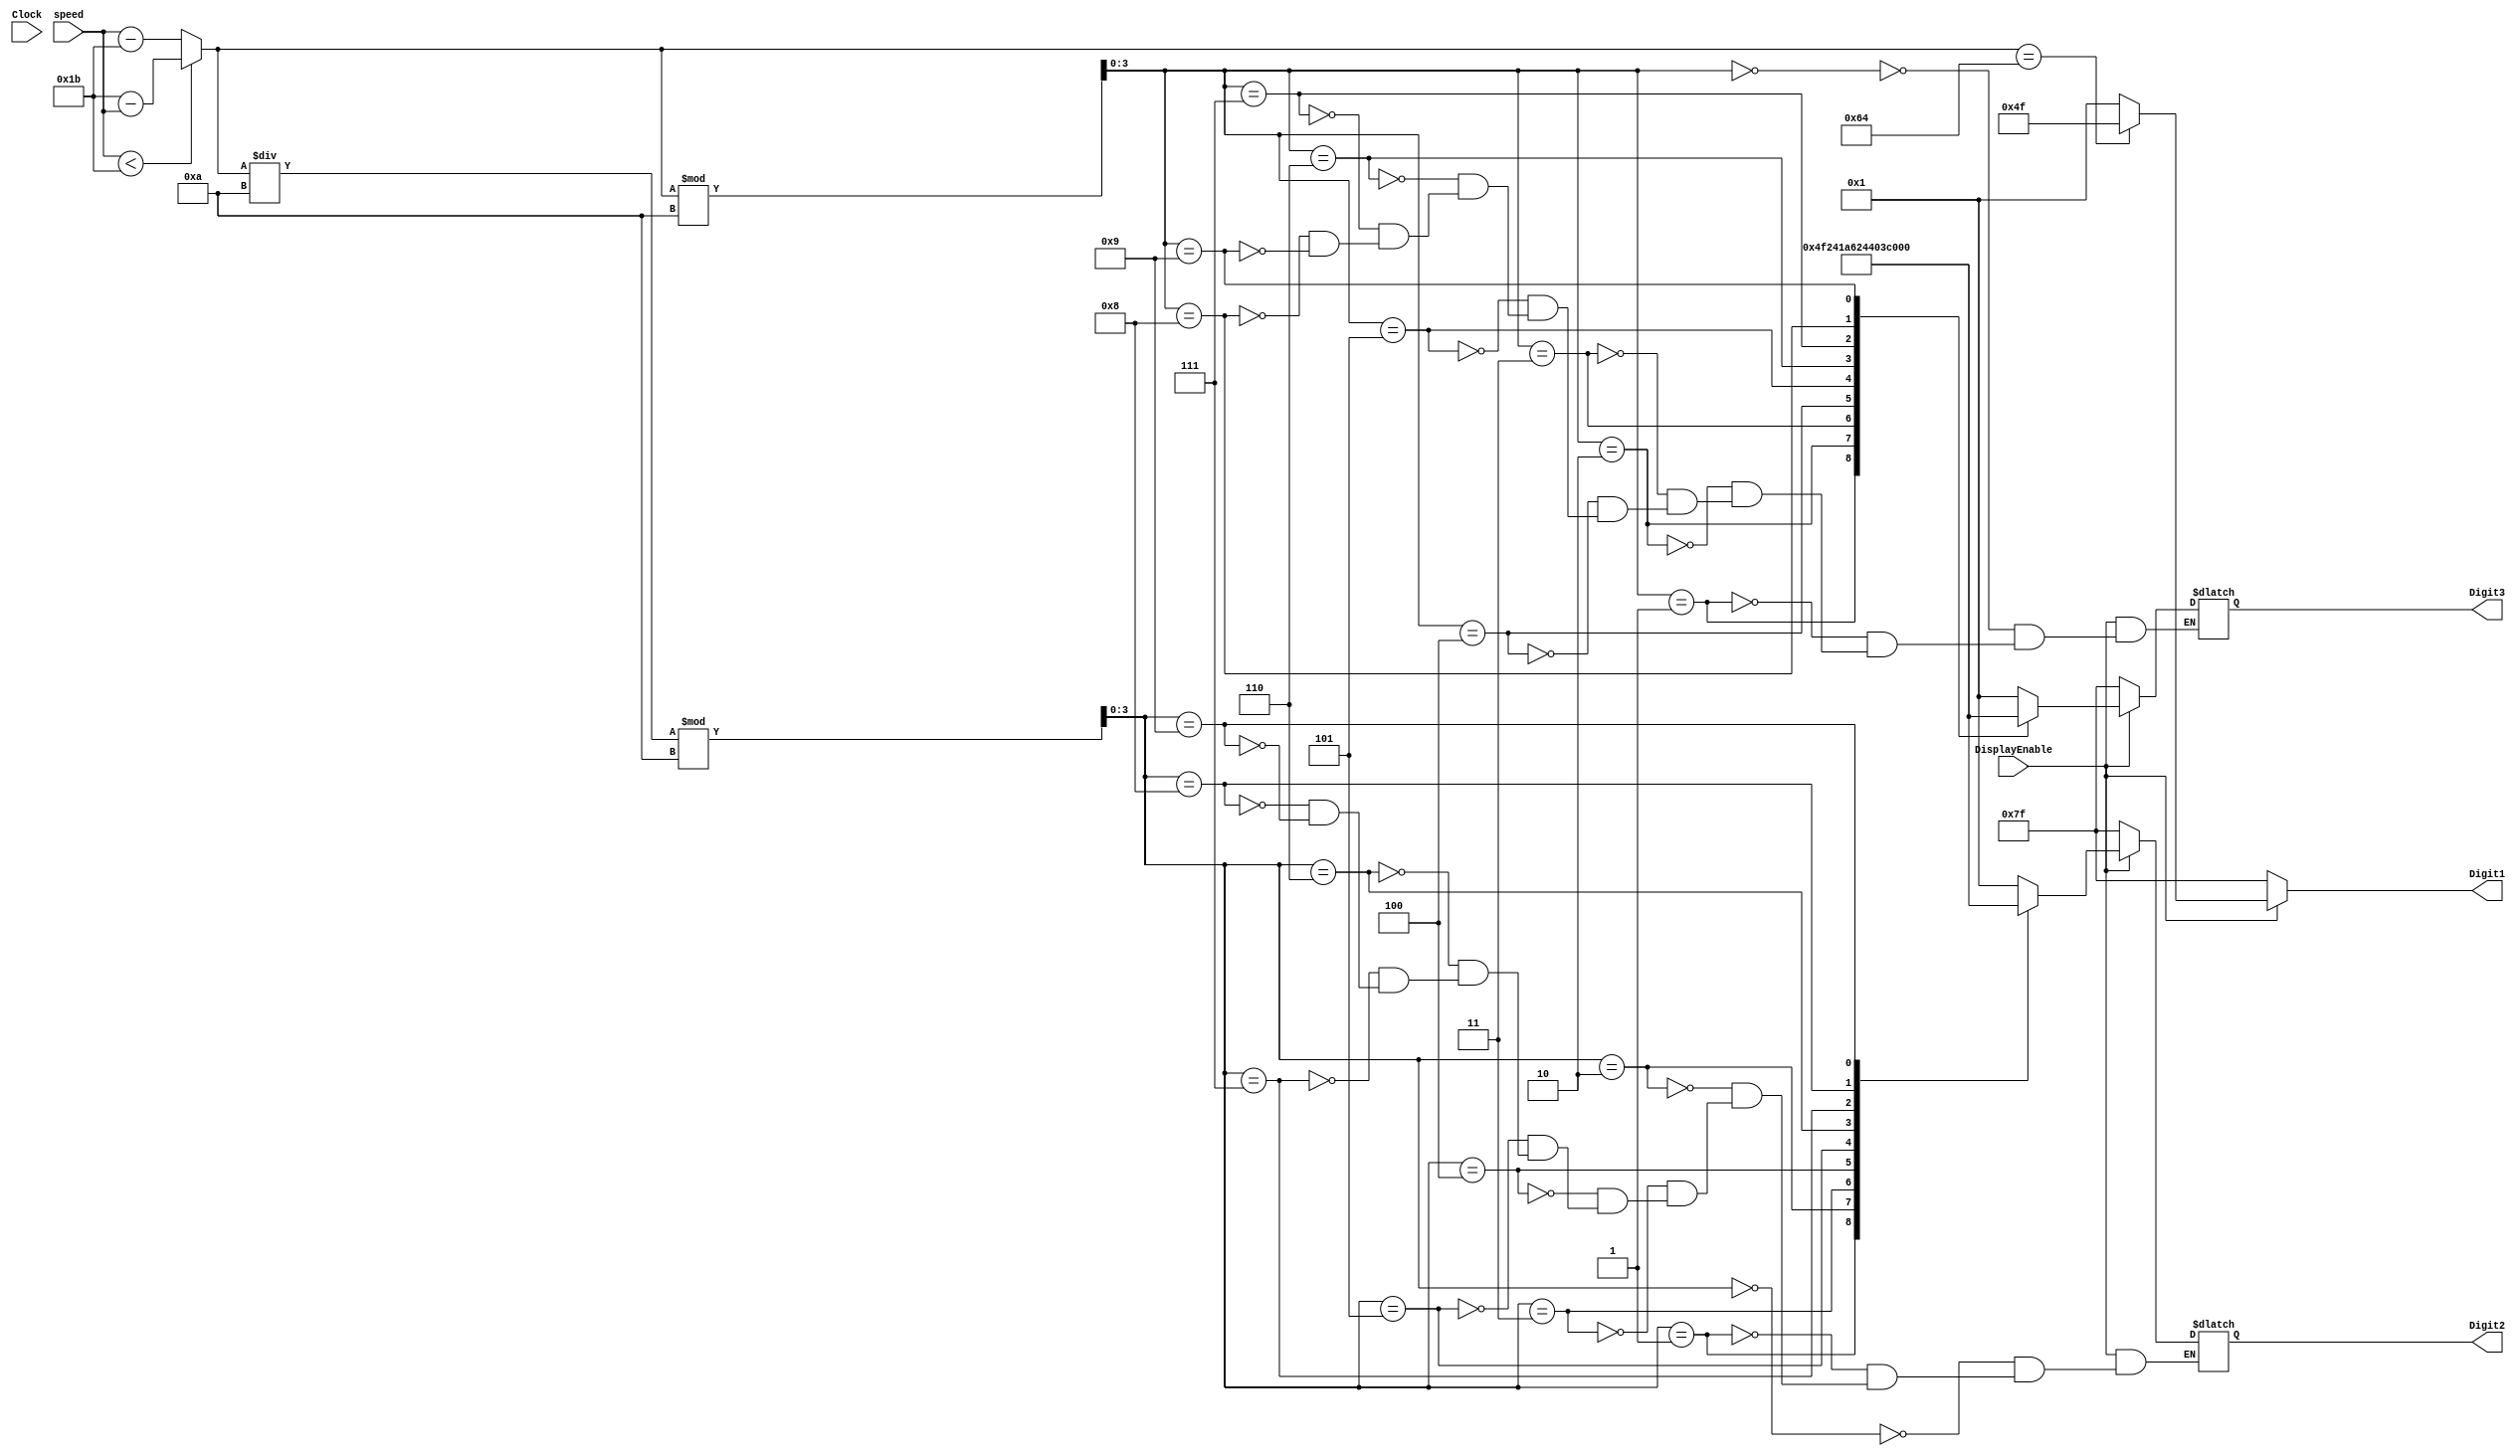
`timescale 1ns / 1ns
module speedToHex(
    input [6:0] speed,
    input Clock,
    input DisplayEnable,
    output reg [6:0] Digit1,
    output reg [6:0] Digit2,
    output reg [6:0] Digit3
); 

localparam  NOTHING        = 7'b1111111,
            ZERO           = 7'b0000001,
            ONE            = 7'b1001111,
            TWO            = 7'b0010010,
			THREE	       = 7'b0000110,
            FOUR           = 7'b1001100,
            FIVE           = 7'b0100100,
            SIX            = 7'b0100000,
            SEVEN          = 7'b0001111,
            EIGHT          = 7'b0000000,
            NINE           = 7'b0000100;

reg [6:0] absSpeed;
reg [3:0] OnesDigit;
reg [3:0] TensDigit;

always@(*)
begin
    if(speed < 7'd27) 
        absSpeed = 7'd27 - speed;
    else
        absSpeed = speed - 7'd27;

    OnesDigit = absSpeed % 10;
    TensDigit = (absSpeed / 10) % 10;
    
    if(absSpeed == 7'd100) 
        Digit1 = ONE;
    else 
        Digit1 = ZERO;
    
    case(TensDigit)
        0: Digit2 = ZERO;
        1: Digit2 = ONE;
        2: Digit2 = TWO;
        3: Digit2 = THREE;
        4: Digit2 = FOUR;
        5: Digit2 = FIVE;
        6: Digit2 = SIX;
        7: Digit2 = SEVEN;
        8: Digit2 = EIGHT;
        9: Digit2 = NINE;
    endcase

    case(OnesDigit)
        0: Digit3 = ZERO;
        1: Digit3 = ONE;
        2: Digit3 = TWO;
        3: Digit3 = THREE;
        4: Digit3 = FOUR;
        5: Digit3 = FIVE;
        6: Digit3 = SIX;
        7: Digit3 = SEVEN;
        8: Digit3 = EIGHT;
        9: Digit3 = NINE;
    endcase
    if(!DisplayEnable)
    begin 
        Digit1 = NOTHING;
        Digit2 = NOTHING;
        Digit3 = NOTHING;
    end
end
endmodule